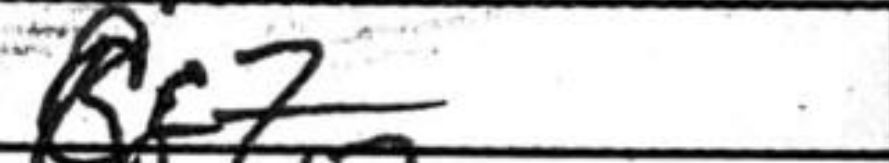
Transcription: Bc7